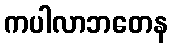
ကပါလာဘတေန